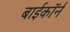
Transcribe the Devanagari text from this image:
बाईकॉर्न